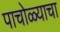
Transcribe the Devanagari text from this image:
पाचोळ्याचा